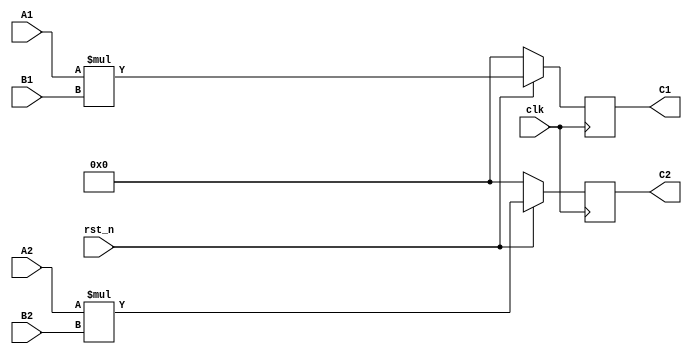
module Integer_Mul_Test(
	input clk,
	input rst_n,
	input [10:0] A1,
	input [10:0] B1,
	input [10:0] A2,
	input [10:0] B2,
	output reg [21:0] C1,
	output reg [21:0] C2
);

	always@(posedge clk)
	begin
		if(~rst_n)
			begin
			C1 <= 21'd0;
			C2 <= 21'd0;
			end
		else
			begin
			C1 <= A1 * B1;
			C2 <= A2 * B2;
			end
	end	

endmodule